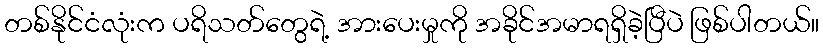
တစ်နိုင်ငံလုံးက ပရိသတ်တွေရဲ့ အားပေးမှုကို အခိုင်အမာရရှိခဲ့ပြီပဲ ဖြစ်ပါတယ်။